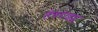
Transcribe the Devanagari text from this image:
हेबराइड्स